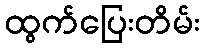
ထွက်ပြေးတိမ်း